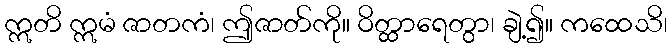
ဣတိ ဣမံ ဇာတကံ၊ ဤဇာတ်ကို။ ဝိတ္ထာရေတွာ၊ ချဲ့၍။ ကထေသိ၊